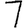
Digit: 7